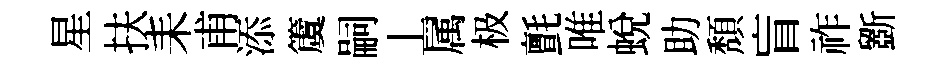
星扶耒甫添𥵂嗣丄属极氈唯蜕助頽盲祚斵